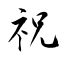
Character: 祝